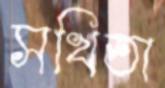
সখিতা